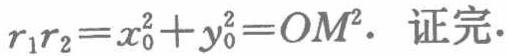
$r_{1}r_{2}=x_{0}^{2}+y_{0}^{2}=OM^{2}.$ 证完.